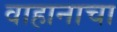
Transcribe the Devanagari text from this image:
वाहानाचा